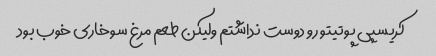
کریسپی پوتیتو رو دوست نداشتم ولیکن طعم مرغ سوخاری خوب بود